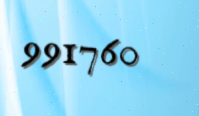
991760